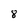
Character: 8